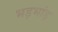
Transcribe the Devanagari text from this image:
भड़भांड़